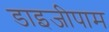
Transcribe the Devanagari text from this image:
डाइजीपाम